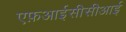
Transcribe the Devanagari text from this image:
एफ़आईसीसीआई